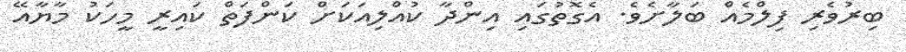
ބިރުވެރި ފިލްމެއް ބަލާށެވެ. އެގޮތުގައި އިންދާ ކުއްލިއަކަށް ކަންފަތް ކައިރީ މީހަކު މާޔާއޭ